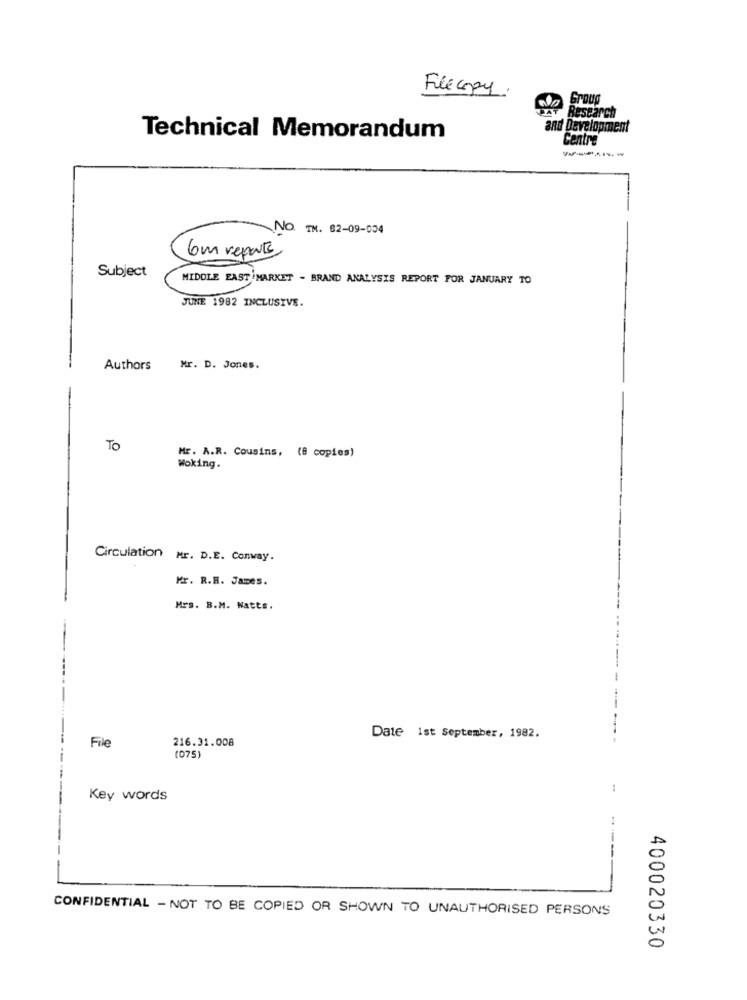
Filecopy.
Research
and Development
Technical Memorandum
Centre
------
NO. TH. 82-09-004
6 m reports
Subject
MIDDLE EAST MARKET - BRAND ANALYSIS REPORT FOR JANUARY TO
JUNE 1982 INCLUSIVE.
Authors
Mr. D. Jones.
TO
Mr. A.R. Cousins, (8 copies)
Woking.
Circulation Mr. D.E. Conway.
Mr. R.R. James.
Mrs. B.M. Watts.
216.31.008
Date 1st September, 1982.
File
(075)
1
Key words
----
CONFIDENTIAL - NOT TO BE COPIED OR SHOWN TO UNAUTHORISED PERSONS
400020330